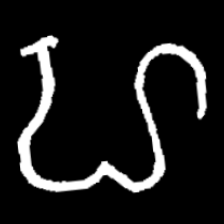
Pyu character \u2014 Myanmar letter: ဟ (romanized: ha)